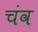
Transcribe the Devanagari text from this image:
चंव